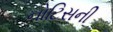
નોટિસની